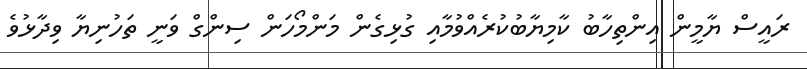
ރައީސް ޔާމީން އިންތިހާބު ކާމިޔާބުކުރެއްވުމާއި ގުޅިގެން މަންމޯހަން ސިންގް ވަނީ ތަހުނިޔާ ވިދާޅުވެ